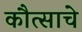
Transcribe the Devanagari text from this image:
कौत्साचे